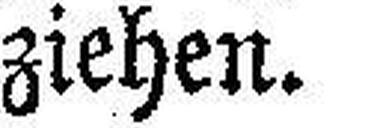
ziehen.